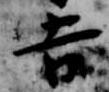
吉